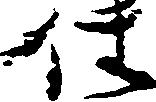
仕